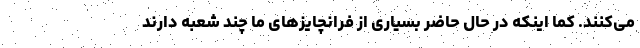
می­کنند. کما اینکه در حال حاضر بسیاری از فرانچایزهای ما چند شعبه دارند